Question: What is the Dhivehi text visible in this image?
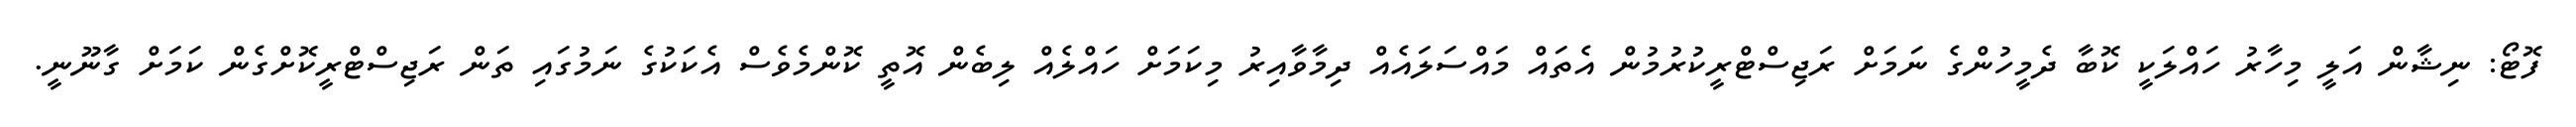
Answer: ފޮޓޯ: ނިޝާން އަލީ މިހާރު ހައްލަކީ ކޮބާ ދެމީހުންގެ ނަމަށް ރަޖިސްޓްރީކުރުމުން އެތައް މައްސަލައެއް ދިމާވާއިރު މިކަމަށް ހައްލެއް ލިބެން އޮތީ ކޮންމެވެސް އެކަކުގެ ނަމުގައި ތަން ރަޖިސްޓްރީކޮށްގެން ކަމަށް ގާނޫނީ.